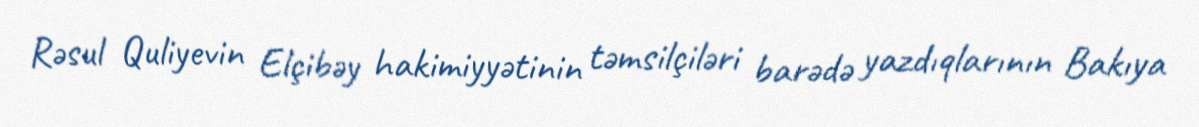
Rəsul Quliyevin Elçibəy hakimiyyətinin təmsilçiləri barədə yazdıqlarının Bakıya